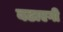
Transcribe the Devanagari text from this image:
बढाएगी